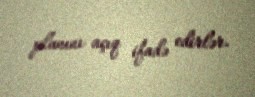
planını açıq ifadə edirlər.